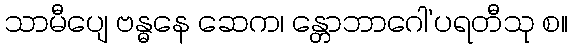
သာမီပျေ ဗန္ဓနေ ဆေက၊ န္တောဘာဂေါ’ပရတီသု စ။